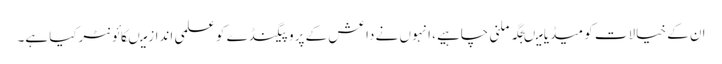
ان کے خیالات کو میڈیا میںجگہ ملنی چاہیے، انہوں نے داعش کے پروپیگنڈے کو علمی انداز میںکائونٹرکیا ہے۔